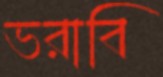
ভরাবি